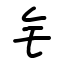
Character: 钅